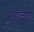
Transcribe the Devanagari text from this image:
एड्जार्द